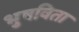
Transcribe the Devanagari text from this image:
भुषविता